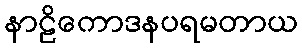
နာဠိကောဒနပရမတာယ